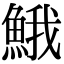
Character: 𩷦